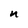
Character: n